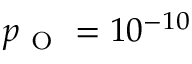
p _ { \mathrm { ~ O ~ } } = 1 0 ^ { - 1 0 }